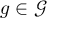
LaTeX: g \in { \mathcal { G } }